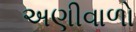
અણીવાળો